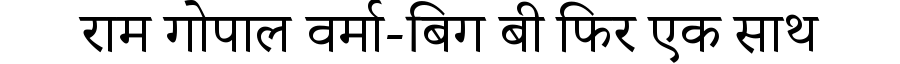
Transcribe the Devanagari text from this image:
राम गोपाल वर्मा-बिग बी फिर एक साथ